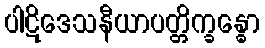
ပါဋိဒေသနီယာပတ္တိက္ခန္ဓော